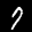
Label: 7